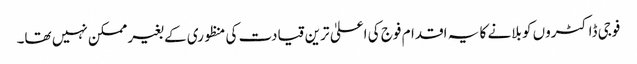
فوجی ڈاکٹروں کو بلانے کا یہ اقدام فوج کی اعلیٰ ترین قیادت کی منظوری کے بغیر ممکن نہیں تھا۔